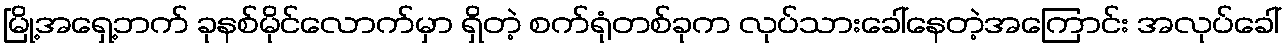
မြို့အရှေ့ဘက် ခုနစ်မိုင်လောက်မှာ ရှိတဲ့ စက်ရုံတစ်ခုက လုပ်သားခေါ်နေတဲ့အကြောင်း အလုပ်ခေါ်